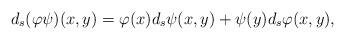
LaTeX: \begin{align*}d_s(\varphi\psi)(x,y)=\varphi(x)d_s\psi(x,y)+\psi(y)d_s\varphi(x,y),\end{align*}